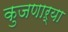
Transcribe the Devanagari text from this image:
कुजणाऱ्या